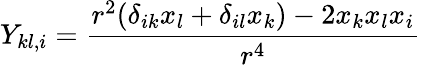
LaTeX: Y_{kl,i}=\frac{r^{2}(\delta_{ik}x_{l}+\delta_{il}x_{k})-2x_{k}x_{l}x_{i}}{r^{4}}